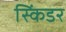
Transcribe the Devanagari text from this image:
स्किंडर